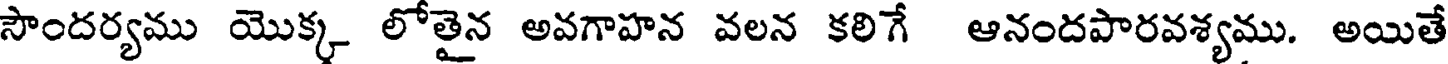
సౌందర్యము యొక్క లోతైన అవగాహన వలన కలిగే ఆనందపారవశ్యము. అయితే